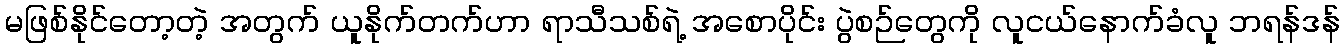
မဖြစ်နိုင်တော့တဲ့ အတွက် ယူနိုက်တက်ဟာ ရာသီသစ်ရဲ့ အစောပိုင်း ပွဲစဉ်တွေကို လူငယ်နောက်ခံလူ ဘရန်ဒန်